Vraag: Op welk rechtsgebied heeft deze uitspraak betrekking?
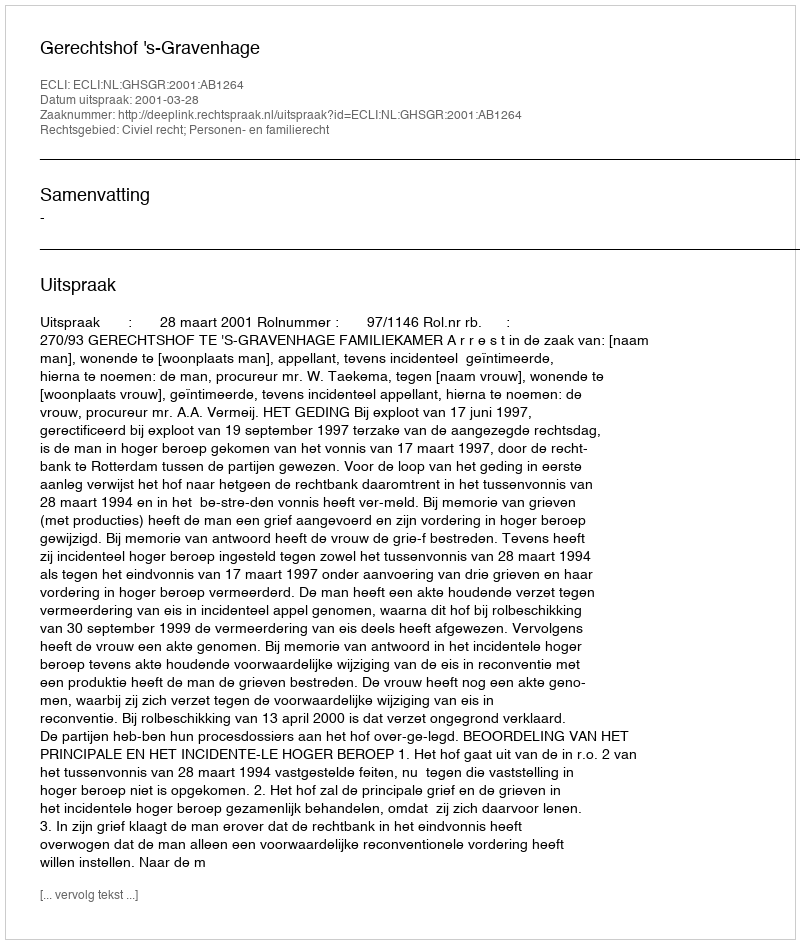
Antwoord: Civiel recht; Personen- en familierecht